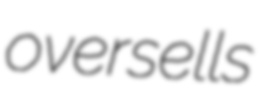
oversells